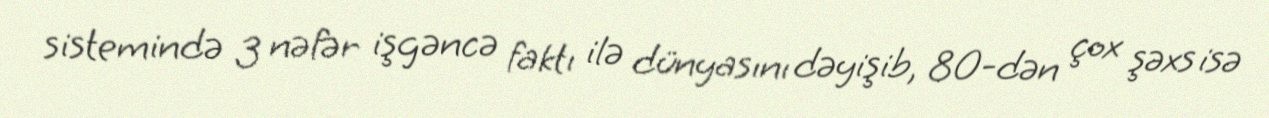
sistemində 3 nəfər işgəncə faktı ilə dünyasını dəyişib, 80-dən çox şəxs isə